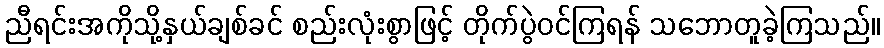
ညီရင်းအကိုသို့နှယ်ချစ်ခင် စည်းလုံးစွာဖြင့် တိုက်ပွဲဝင်ကြရန် သဘောတူခဲ့ကြသည်။